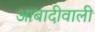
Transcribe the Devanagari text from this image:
आबादीवाली